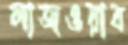
লাজওয়াব